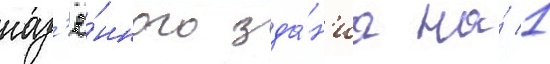
каз'ё́нного зда́н'иа на́ 1